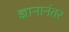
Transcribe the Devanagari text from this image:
ज्ञानानंतर